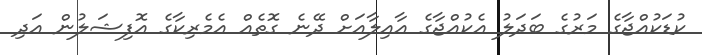
ކުޑަކުއްޖާގެ މަރުގެ ބަދަލު އެކުއްޖާގެ އާއިލާއަށް ދޭނެ ގޮތެއް އެމެރިކާގެ އޮފިޝަލުން އަދި